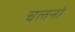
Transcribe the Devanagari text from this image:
चलनो